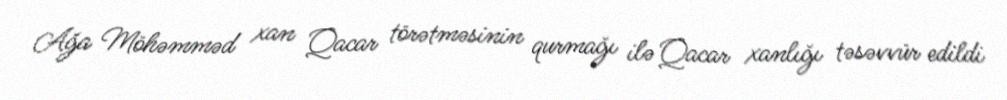
Ağa Möhəmməd xan Qacar törətməsinin qurmağı ilə Qacar xanlığı təsəvvür edildi